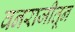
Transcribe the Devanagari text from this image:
वनराजीतून